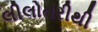
લીલોતરીથી